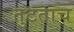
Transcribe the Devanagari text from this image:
तुटताच